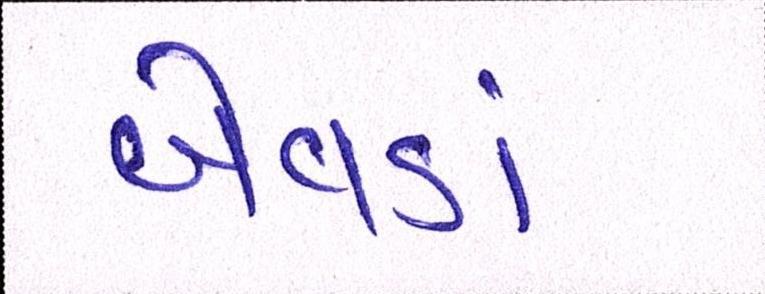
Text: બેવડાં